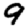
Digit: 9